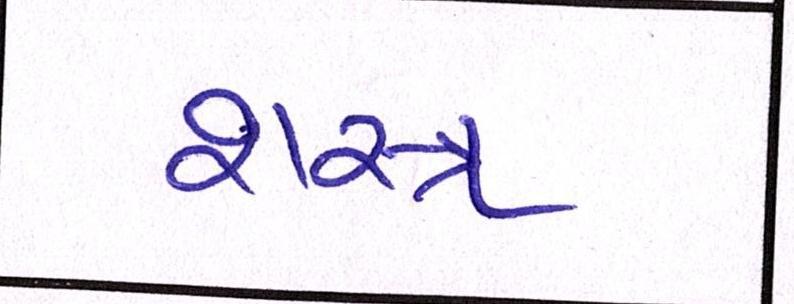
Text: શસ્ત્ર